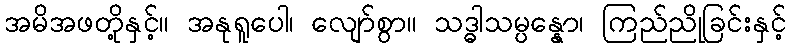
အမိအဖတို့နှင့်။ အနုရူပေါ၊ လျော်စွာ။ သဒ္ဓါသမ္ပန္နော၊ ကြည်ညိုခြင်းနှင့်